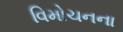
વિમોચનના